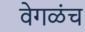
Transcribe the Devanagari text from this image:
वेगळंच